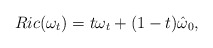
\begin{align*}Ric(\omega_t)=t \omega_t+(1-t)\hat{\omega}_0,\end{align*}